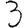
Digit: 3